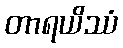
တာရယိဿံ